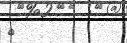
٤